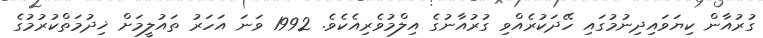
ގުރުއާން ކިޔަވައިދިނުމުގައި ހޭދަކުރެއްވި ގުރުއާނުގެ އިލްމުވެރިއެކެވެ. 1992 ވަނަ އަހަރު ތައުލީމަށް ޚިދުމަތްކުރުމުގެ